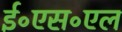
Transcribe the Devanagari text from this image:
ई॰एस॰एल